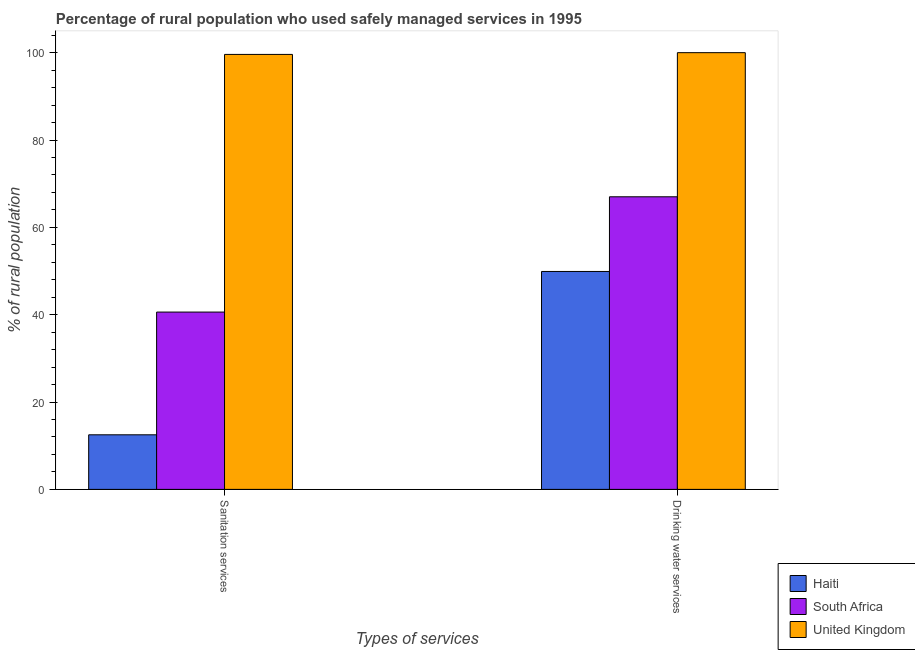
| Types of services | Haiti | South Africa | United Kingdom |
 | --- | --- | --- | --- |
 | Sanitation services | 12.5 | 40.6 | 99.6 |
 | Drinking water services | 49.9 | 67 | 100 |